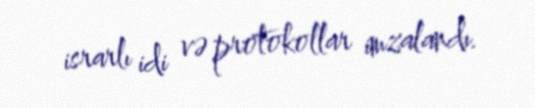
israrlı idi və protokollar imzalandı.